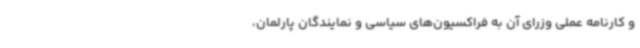
و کارنامه عملی وزرای آن به فراکسیون‌های سیاسی و نمایندگان پارلمان،